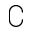
\complement